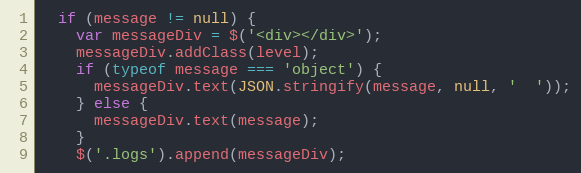
Language: JavaScript
  if (message != null) {
    var messageDiv = $('<div></div>');
    messageDiv.addClass(level);
    if (typeof message === 'object') {
      messageDiv.text(JSON.stringify(message, null, '  '));
    } else {
      messageDiv.text(message);
    }
    $('.logs').append(messageDiv);